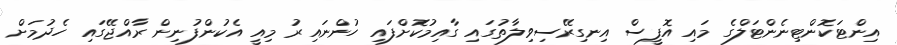
އިންޓަކޮންޓިނެންޓަލްގެ މައި އޮފީސް އިނގިރޭސިވިލާތުގައި ގާއިމުކޮށްފައި ހުންނައިރު މިއީ އެކުންފުނިން ރާއްޖޭގައި ހެދުމަށް